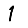
Digit: 1